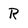
Character: R